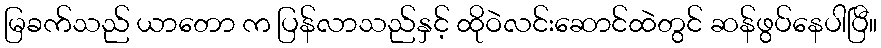
မြခက်သည် ယာတော က ပြန်လာသည်နှင့် ထိုဝဲလင်းဆောင်ထဲတွင် ဆန်ဖွပ်နေပါပြီ။